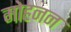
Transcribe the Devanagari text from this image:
मोहनन